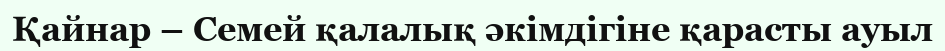
Қайнар – Семей қалалық әкімдігіне қарасты ауыл